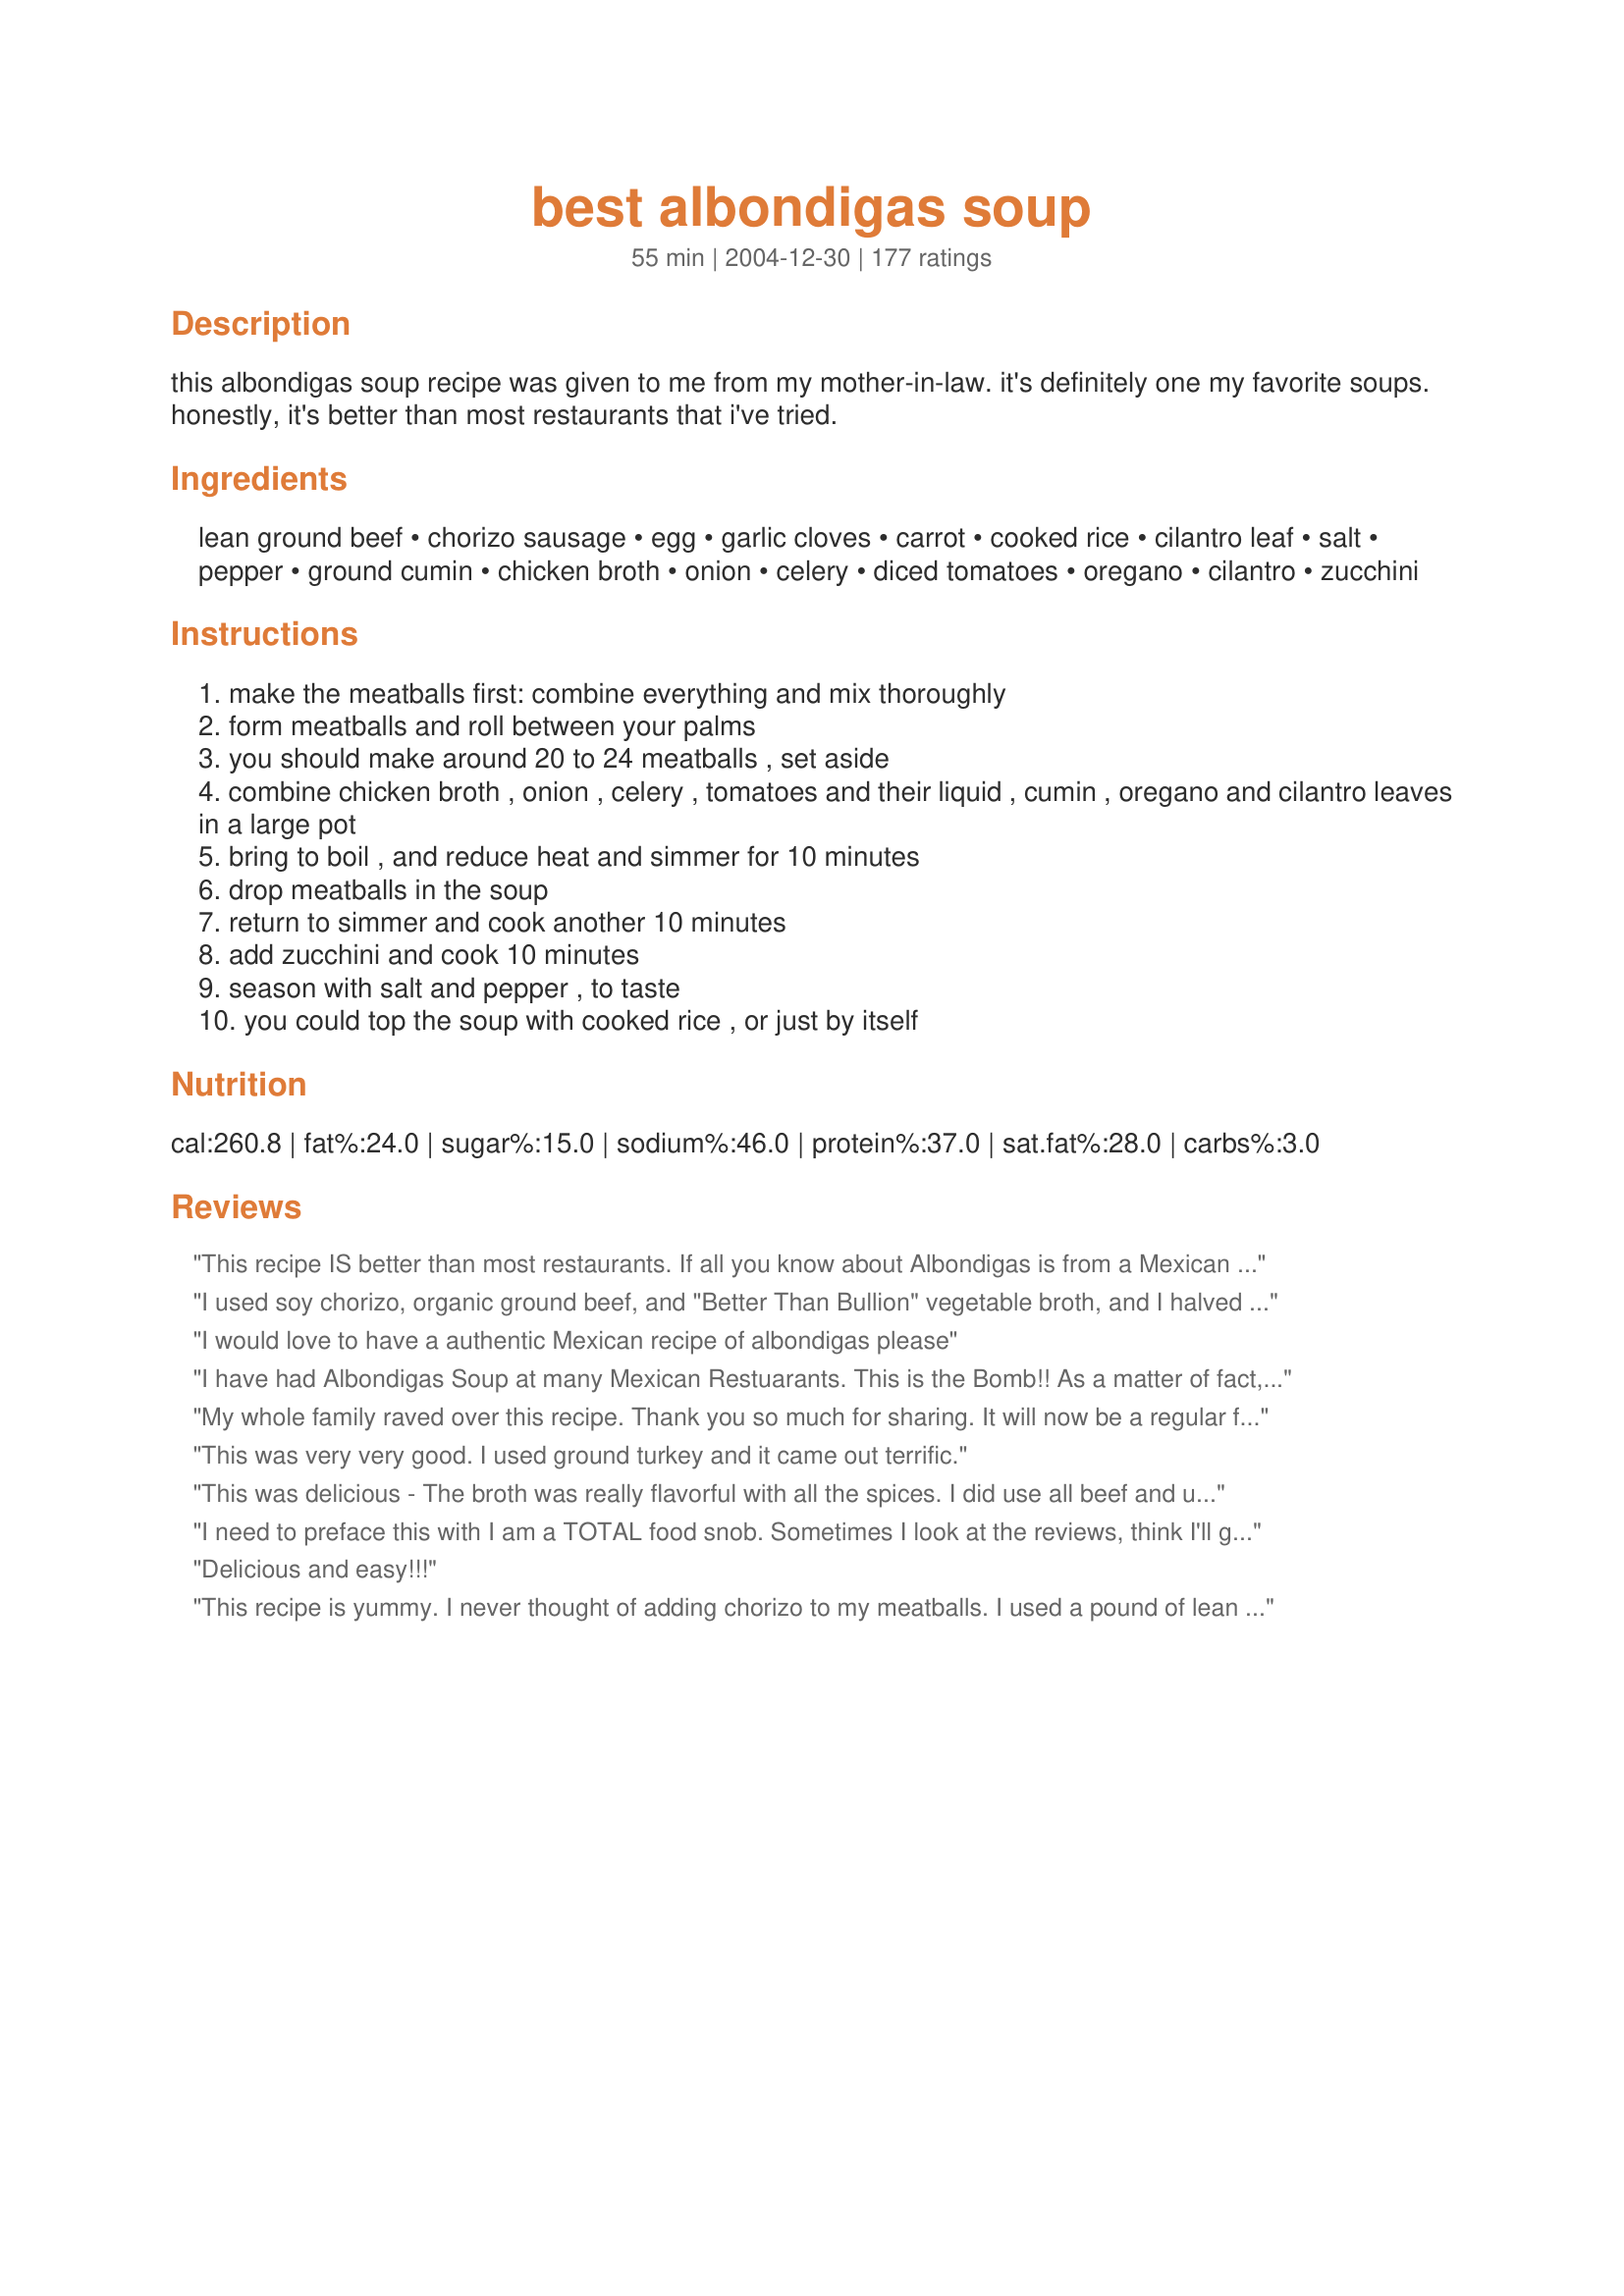
best albondigas soup
Preparation time: 55 minutes

this albondigas soup recipe was given to me from my mother-in-law. it's definitely one my favorite soups. honestly, it's better than most restaurants that i've tried.

Ingredients:
lean ground beef, chorizo sausage, egg, garlic cloves, carrot, cooked rice, cilantro leaf, salt, pepper, ground cumin, chicken broth, onion, celery, diced tomatoes, oregano, cilantro, zucchini

Steps:
make the meatballs first: combine everything and mix thoroughly
form meatballs and roll between your palms
you should make around 20 to 24 meatballs , set aside
combine chicken broth , onion , celery , tomatoes and their liquid , cumin , oregano and cilantro leaves in a large pot
bring to boil , and reduce heat and simmer for 10 minutes
drop meatballs in the soup
return to simmer and cook another 10 minutes
add zucchini and cook 10 minutes
season with salt and pepper , to taste
you could top the soup with cooked rice , or just by itself

Reviews:
This recipe IS better than most restaurants. If all you know about Albondigas is from a Mexican Restaurant, then you NEED to give this recipe a try. You&#039;ll discover a whole new appreciation for how this dish can taste.&lt;br/&gt;&lt;br/&gt;My recipe for Albondigas is somewhat different, designed for a bit Bolder palate, but I was planning on having some guests over who had (let&#039;s say) &quot;tamer&quot; sensibilities --- they think Olive Garden is a full-flavor restaurant, after all. Accordingly, I tried RuizA&#039;s recipe for their benefit, and it got rave reviews from them.&lt;br/&gt;&lt;br/&gt;Kudos!
I used soy chorizo, organic ground beef, and "Better Than Bullion" vegetable broth, and I halved the cumin in the meatballs and soup (it can be overpowering), and this is THE best albondigas that I've ever tasted. Sorry, Abuelita. Lol...I grew up eating this stuff and this recipe is even better.
I would love to have a authentic Mexican recipe of albondigas please
I have had Albondigas Soup at many Mexican Restuarants. This is the Bomb!! As a matter of fact, we went to a local Mexican restuarant last night -- while it was good it in no way compared to this recipe. I have only made it once and am making it again to take camping next week after Memorial day. My mother will love it.
My whole family raved over this recipe. Thank you so much for sharing. It will now be a regular favorite quick dinner in our house.
This was very very good. I used ground turkey and it came out terrific.
This was delicious - The broth was really flavorful with all the spices. I did use all beef and used rotel instead of regular tomatoes to add some heat. I added extra broth so I could throw in some extra zucchini and carrots. I'll be eating this all week topped with shredded mexican cheese blend. (0:
I need to preface this with I am a TOTAL food snob. Sometimes I look at the reviews, think I'll give it a shot and then when I try it, I wonder &quot;what are these people EATING that this is good food to them????&quot; This recipe....was SOOOOOOOO out-of-the-ballpark good that I couldn't stop eating it. My entire family scarfed this down. The only thing I did differently was buy chirizo from the butcher's counter instead of uncasing the sausage. PERFECTION. Thank you for this recipe. I'm adding it to my collection and keeping it forever.
Delicious and easy!!!
This recipe is yummy. I never thought of adding chorizo to my meatballs. I used a pound of lean ground beef and 1/2 pound of Mexican chorizo. My family loves meatballs and it makes the meatballs less spicy for the kids. I put shredded carrots for the meatballs but also put baby carrots in the soup. I baked the meatballs at 350 for 20-25 for a less greasy soup. I also patted down meatballs with a napkin to get the grease that lingers. I added cubed yukon potatoes which i saut?ed with the carrots, onions, and celery for about 3-5 minutes to soften them up before added the rest of the ingredients for the soup. If you like a little spice, cut, seed, and remove the membrane from jalepeno peppers and add to soup. Oh and fresh tomatoes are always better then canned. I add in the meatballs about 10 minutes before finish to get the flavor all mixed in. I didn't need to add salt and pepper since all the ingredients gave the soup a delicious natural flavor. Enjoy!!!
Loved it and so did my family. I added 1/3 uncooked rice instead and let it cook in the meatballs. It was a huge hit. I also only used organic beef, no chorizo. Next time I&#039;ll use the chorizo, if I can find all beef. I highly recommend this soup.
This soup was WONDERFUL. I tried to make it a little more healthy - i used low fat breakfast sausage in place of the chorizo and i baked the meatballs first so that any grease would be eliminated from the soup. I also added a can of black beans, a can of corn and some sliced carrots to the soup when i added the meatballs. I cut corn tortillas with scissors into long strips, sprayed them with olive oil and baked them until really crisp and served on top. Next time i will top with sliced avocado. This soup is even better the next day!
Wonderful soup, the meatballs are great! I didn't realize I was out of diced tomatoes which I usually keep on hand, so used a can of tomato sauce and it was still so good.
I always order this soup when at restaurants, but have never attempted to make it at home. Until tonight. BF had never even heard of it before, but loved it! This is spot on what albondigas should taste like. And super easy too! Thanks for sharing, will be making this often!
Great flavor great soup. First time making and it won&#039;t be the last. Baking meatballs first is def way to go but make sure not to over cook them.
Crowd Pleaser!!<br/>I made this recipe for a birthday party at my mom's house. Everyone loved it. Now- they keep asking me to bring this to all the get togethers. The only thing I changed was I did not make the meatballs-homemade. I added the frozeb Beef Meatballs from the grocery store to make it easier. It turned out great still.
Great recipe! The chorizo added some kick to the flavor, very good. I topped my soup with a handful of crushed tortilla chips and chunks of avocado. Yum!
I've nver had albondigas soup but I know good soup and this is good soup. I used ground turkey instead of ground beef and doubled the amount of meat because we're meat eaters. I baked the meatballs for 20 minutes at 350 degrees to render the fat from the meatballs. Also, I subbed mushrooms for zuchini, as I did not have zuc in the house. Yummy. I made it for the family for dinner while I go to yoga. However, this soup smells so good, I wolfed down a bowl before yoga. Boy, am I doing to be sorry when I am downwarding doggying and the albondigas come back up. But it was worth it. THANK YOU.
This is the first time I have tried this soup and it was fabulous! I followed the recipe exctly and my wife and I were blown away. Will be making this soup often, it is in the front of my soup recipes, Thank you so much!
This was pretty good. I never used chorizo before when making the meatballs. This soup is really good but I shouldn't have added all of the cooked rice to the pot because when it cools down, the entire soup becomes like a jello mush. Still a great recipe. Thanks!
Holy crap. This is delicious. I knew it would be bc kitten cal posted it. But omg. I made it exactly as directed. But I added tortilla chips and cilantro as a garnish. But what if we put queso fresco on it, too?
I love this recipe! My dad was a chef for a Mexican cafe when I was growing up and I remember this soup always being my favorite. It&#039;s such a nostalgic food and I haven&#039;t had it in forever, since my dad passed away when I was younger. Now it&#039;s something I want to make for my family and pass on to my future children. As for my twist on the recipe, I found it was a little bland on my end because I forgot the cumin. But I did add some chicken bullion cubes and it turned out perfect!
This is the best Albondigas I have ever made. Word of advice though. You must use fresh chorizo from the grocer. I've tried using the tubed chorizo and there was way too much grease. I only buy the fresh now from the grocery store. Use 1 part chorizo to 3 parts ground beef. My husband used to always make the Albondigas before I even knew how to make it, but it always seemed like it was lacking something so we would add extra salt to give it flavor. This recipe makes up for all of that. I usually make a huge pot with over 36 meatballs so there's enough for the week. I just adjust the chicken broth and salt and there is so much flavor and spice, you won't be disappointed.
This soup is amazing! the meatballs and flavor of the soup are to die for- especially with some lime juice! It is defiantly in our weekly rotation, especially with the cooler weather! We always double it to have some left overs :)
This soup is really good!! The chorizo made it really flavorful. Even my picky 5 yr old liked it. (well... he ate the meatballs but not the veggies) And its great for my boyfriend whos watching his carbs. Thanks for this delicious recipe. Ill definately be making it again.
the only problem I found with this recipe is that the meat balls were not very firm and fell apart I would recommend browning the meatballs first
This is the best Albondigas soup I've had - well worth the effort. My super market did not have the uncooked chorizo this time so I bought the cooked sausages that only need reheating. I ground them up in the food processor and used them instead. It tasted just as good, was less greasy and SO MUCH EASIER to form small meatballs that were dropped into the soup as directed. It was perfect!
I tried this, and my husband loved the chorizo. I cooked it again this weekend, but I used chorizo, ground beef and sausage. I tried rotel tomotatoes and my husband thought it was better than his mom's This is very unusual. I will use this recipe agagin and again Thanks for posting it
This soup was amazing! My husband loved it! I put fresh avacado slices with tortilla strip crunchies and shredded cheese on top! Great flavor/hearty meal! I added the other half of carrot into the soup mix and also a small amount of green cabbage into the soup portion.
Made this for Christmas eve dinner and all loved it! The only change was to use dice tomatoes with peppers. to give it a bit more kick.
I made this soup for lunch today and what a hit! The only thing I think I will do next time is fry the meatballs a bit before adding to the soup so that they stay together a little better. Other than that, the soup was perfect. Thank you for a great post RuizA!
My local market makes an excellent chorizo, which I used in this recipe. I used 4 cups commercial low-sodium broth which is still too high in sodium and so I used 2 cups of water with it. I added a chopped jalapeno to the broth. I cut off the stems from my bunch of cilantro, rinsed and tied with kitchen twine and added it to the broth - this really adds a lot of flavor. I did try frying the meatballs but won't bother next time - I had hardly any fat come out, so it was just an extra step. I also made my meatballs bigger, ended up with a dozen of them. A great soup for a cold night.
My first time ever making soup tonight. This is a great recipe to start with. I used carrot chips, and I added a few bay leaves just for looks. I added my zuchinni the last 15 minutes of simmering to keep the texture and color in tact. Oh, and also added a couple diced red tomatoes. It turned out great. Thanks for sharing!
This was a wonderful version of Albondigas Soup. There was only one change that we made, we just cut down on the ratio of chorizo v.s. ground beef, instead of 1:1 we used about 3:1 3/4 lb ground beef v.s. 1/4 lb of chorizo. I thought it would be a little too much chorizo oh and I added some white rice to the soup so that it covered the bottoms of our bowls. We will definitely be making it again, We Loved it. Thanks for your recipe. :)
OMGosh. Killer soup. I added some veggis and potatoes. Everyone raves about it. TY
It was my very first experience with albondigas soup. I followed the recipe quite closely, except of adding more garlic, which my kids love. Next time I'll try to brown the meatballs first but even without browning the soup was not too fatty and the meatballs did not fall apart. My family enjoyed it a lot.
I live in Arizona and had never heard of Albondigas soup until a Hispanic girl at my doctors office mentioned that she was excited about dinner because her grandma was making the soup. So I asked her what it was and that lead me to this recipe. This is the 2nd time I made it now and each time I made it exactly as mentioned and both times it turned out extremely delicious. I did make extra rice this time and scooped some on top and really liked that too. Thanks so much for this great recipe!! Will me a regular dish at our house.
I&#039;ve made this soup many times and it&#039;s always a winner! I use a can of rotel w/green chiles and a can of black beans(rinsed) and a can of whole corn kernels. It&#039;s delicious!!
This is an excellent soup, easy to make, and full of flavor. It is also a recipe that is easy to adjust.<br/><br/>Thank you!
It is a very good soup, but next time i will dice my tomatoes intead of buying the canned dice tomatoes because of the flavour (i could taste the can flavour). And i will sautee the tomatoes with the onions and a jalapeno pepper for a more mexican flavour before adding the subsequent ingridients. Other than that it was an excellent dish. Thank you for posting it.
Sunday Dinner was amazing. The meat balls soup was delicious. . The recipe worked well for the vegans as well I used vegetable broth, soy chorizo, Gardein ground beef crumbles,, and vegan egg mixture for binding the meatballs. I made two huge pots. None was left
This soup is my new favorite thing! We had it tonight as my husband and I both have colds so hot hot soup was in order and tis hit the spot. We just sprinkled some lime juice and Tapat&igrave;o into our bowls and dug with, with some stove top heated corn tortillas to eat with it. Superb!! Thank you for the recipe.
I made this yesterday. OUTSTANDING!! I followed the recipe completely. It makes a lot of soup and every bit was gone. We had it for dinner and during the evening people would go back and heat up more. Can&#039;t wait to make it again. Thank you.
I just made this soup and it is a big hit! I have a suggestion, cook the meatballs in a pan with tin foil just long enough to get some firmness to them. This will also eliminate all or at least most of the grease from the meat. Also try white pepper, it is not as powerful as black. I doubled the recipe and am happy I did so. Happy eating everyone!!
I started making this for my husband a few months ago and he loved it because he is so picky. Now during the cold weeks in Iowa not only do I make this 2X a month but I almost triple the recipe. The aroma alone fills the house with a smell that screams out comfort. This is out go to winter soup. THANK YOU
I don't usually believe labels when they say "Best" anything but I am drawn to them anyway. This was more than accurate. This soup got rave reviews. I made minor changes by adding a 1/2 c of sofrito to the broth, but what a delicious recipe. I would give this more stars if they were available.
I am fortunate enough to eat this regularly. It is amazing, every bit as good as Mama Ruiz's. Definitely My favorite soup.
This really is THE BEST ALBONDIGA SOUP!... I have been named the queen of albondiga soup in my home! :) thank you!
Yummeeee! I made it and my daughter, who formerly denounced everything containing cilantro, ran for more! I made a few substitutions: beef stock instead of chicken, spinach and white corn instead of zucchini because it wasn't available. The sweetness of the corn complimented the spices nicely. I'll be making this often.
I liked it a lot! Thank you for sharing. My kids were so/so on it but I took some of the other reviewers advice and cut down the cumin a little and also browned the meatballs just a little. I browned them in the soup pot, took them out then sauteed the onion and celery to get the little pieces off yum! In a separate pot I made 2 cups of white rice, and when it was ready we added the rice to the soup and it was good that way!
I agree with all the past reviews - this soup is excellent. I loved how all the flavors came together. I only made 2 small changes; like one other reviewer, I added adobo seasoning to the soup. I also used Soyrizo instead of chorizo. My meatballs did start to fall apart a little(it may be because I used Soyrizo), so next time I will probably brown the meatballs first or use 2 eggs. Thanks for an excellent recipe!
This soup was delicious. My husband loves it spicy so I added 2 whole chipotle chile's in when I add the soup ingredients. Had just the right amount of spice. Thank you so much for sharing this recipe!
My dinner guest, plus my husband t nad myself hought this was the best soup they ever had. It was easy to prepare and I will recond it to any good cook to try
Oh my goodness! I usually only post reviews when I love the recipe, and this one is very deserving. Better than almost any I&#039;ve had at my favorite Mexican restaurants (and we have lots of great ones in the Los Angeles area). I partially pre-baked the meatballs following others&#039; suggestions, but probably wasn&#039;t necessary. I did add sliced carrots to the soup, and put in the cilantro later - with the zucchini, but followed the the recipe as written other than that. Topped with broken good quality tortilla chips when serving.
This is delicious soup. I love the subtle kick of heat the chorizo added to the meatballs. I baked the fro about 20 minutes to avoid adding fat to the soup. Worked out beautifully. My fabulous husband could not stop complimenting the soup. It&#039;s a winner. Just as good on day 2! Thanks for sharing your family recipe RuizA.
My mother always browned the meat balls first, so much better IMO. Sometimes she’d insert pine nuts into the meat balls for a extra special taste. Her soup is among my fondest memories growing up in L.A. in the 1950’s
I've made this recipe quite a few times and have neglected to write a review till now. This soup kicks butt! It is time consuming (I'm a mom who works full time) but the soup is delicious and the leftovers come in handy the next day or two. 2 thumbs up!
I've been fighting a cold and wanted soup....I tried this recipe tonight and it was so flavorful. Although I doubled it, since I have a huge family to feed and want leftovers for the next day; it tasted wonderful. I also added diced potatoes, frozen corn, and some cooked rice to the broth. Very hearty and filling, thanks for sharing.
I followed this to the letter, and I can honestly say I would not change or substitute a thing! This was such a perfect soup for a cold New England night- both hearty & easy on the stomache. I only had cumin seeds, so while I was chopping away, my husband ground the seeds to a fine powder. The cumin really shone through, and I may just have him do this again next time since I loved the freshness of it. A+
I used Recipe #33794 for the chorizo in this recipe. The soup has great flavor. The meatballs I partially baked in the oven and then into the broth mixture to finish cooking. I may use my hand blender before adding the meatballs next time for a smoother soup.
DELICIOUS! I have made several different version of Albondigas stew, but this is great. I doubled the meat mixture and added an extra egg, about 1/2 cup breadcrumbs and 1 cup uncooked instant rice. I made bigger meatballs because I think that is the only way I can get a 17 year old to eat! But a good tip is what a previous reviewer posted, is bake the meatballs in 350 oven for about 20 mins, it helps take some of the grease out. This is the perfect recipe for those winter nights!
I have been making this recipe for the last year, and I must say that it never disappoints. Not to mention, my husband is not a huge &quot;soup guy&quot; but gobbles this up. I also side it with a tortilla for dipping.
This is so delicious! I make it as is except I add one chopped carrot to the soup with the celery and onion. I also add an extra zucchini because I like it..
I tried this receipe it was simple and delicious .. Everyone loved it especially on a nice rainy day ! thanks
Excellent recipe! Saved it to my favs. Very authentic and very good flavor..this is better than most restaurants too.
This soup is excellent. In order to cook with items on hand, I substituted roll sausage mixed w/ approximately 1 tsp. smoked paprika for the chorizo and omitted the zucchini. Otherwise, I prepared this recipe exactly as written and served it with small scoops of cooked arborio rice.

I will be making this again and again - probably very soon!
I lived in Mexico for 16 years and there are times when I grow a little nostalgic for the food. This is a wonderful recipe, I am so thankful that you posted it. My husband was not sure what to think of it when he saw the soup, but I told him to trust me and thankfully he did not regret it. I will definately share this with my family and friends. Awesome!!!A+++
I had a pound of chorizo to use up. I fixed this recipe doubling it and it turned out wonderful! I took some liberties in how I prepared this: made meatball mixture one night, the next night I sauted the vegies with the spices, heated the broth and tomatoes adding the sauted vegies when almost done. Then simmering the meatballs with all the other ingredients about one hour. I will fix this again but will add diced carrots to the broth and meatballs (which I grated on small grate, instead of mincing). Yummy! This soup hit the spot. Served with Recipe #244998 which made a nice comforting meal. Thank you RuizA for posting this simple tastey soup.
Edit 3/5/09: This soup gets better with age! I changed my 4 star to a 5 after having it three days later. What a difference in taste after the flavors have time to meld together. WOW!
it was good, but the the best I have ever had.
Made this for a dinner party and it was the 2nd recipe asked for that night. Recipe and ingredients true as listed. Chose to pre-cook the meatballs and broth separately. When it was time to serve, I placed meatballs in crock and added broth over it to full integrate items. Guests were dazzled. Not particularly spicy but then not every Mexican dish has to be.
It takes (meat)balls to call your recipe the &quot;best&quot;, but this one lives up to its name. I did precook the meatballs for 20 min at 350, to eliminate SOME of the fat, and I threw other half of the (diced) carrot in the broth, for good measure (can't just let it go to waste!). Otherwise, I stuck to the recipe, and it's perfect. Pefectly seasoned and DELICIOUS! It's a keeper!
This soup is knock-your-socks-off good. I have been looking for a good recipe for years after having albondigas at my favorite Mexican restaurant. This is as good or better.
Even my picky child likes this one. It has a lot of flavor. I also add a yellow squash with the zucchini. The chorizo really adds a lot of flavor to the broth.
I was a little reluctant to mix the chorizo with the beef for the meatballs as the chorizo is generally so greasy but the taste boost it gave to the soup base was wonderful. I am not one to use actual measuring spoons (I use palm of hand) so I will need to back off a little on the cumin in the soup but still came out so tasty. I would suggest serving with warm tortillas for rolling and dipping. Great for a colder evening.
This was absolutely incredible! We added rice to make it a bit more filling and will be adding it to our menu on a regular basis.
I&#039;ve used this receipe many times
 The only thing I do different is to substitute cabbage for the zuccini . I like to chop it into large pieces about 1.5 to 2 inches. This really adds an authentic flavor.
I have never made albondigas (or any other soup not from a can for that matter). I added double the Cumin on accident, and a bay leaf as I had it from another recipe. This was delicicious! Next time I make it I plan on adding some potatoes.
My only other experience with Albondigas Soup was by Progresso. Not bad as far as canned soup goes, but I'm glad I decided to try this recipe. It was awesome. I added a can of Mexi-style corn, but otherwise followed the recipe exactly. I made it last weekend for the first time and intend to make it again this week. Thanks for posting this.
Delicious! Our 9 year old even liked it !
This soup was delicious and I followed the recipe for the most part. It was the first time I made a meatball soup and it was certainly a hit tonight. We finished the entire pot! I did not give it 4 stars as the soup was very greasy after the meatballs were added and cooked. I had to skim the surface quite a bit to remove the layer of heavy oil. Next time I will be cooking the meatballs separately and will then add to soup. Also, I did add carrot slices when I added the zucchini and it was a nice addition. Overall the flavor was perfect and not too salty or too spicy. I would definitely make this again with just a change in how I cook the meatballs. This was yummy and I highly recommend this.
Probably the BEST soup I have ever made. So rich in flavor. So amazing. Like some others I adjusted the ingredients but make no mistake, the orig base recipe with the chorizo, the minced garlic and the carrot..the cilantro.. All of it together makes an incredible multi-dimensional soup. I only had 1 box of swanson low sodium chicken broth on hand so I added to the recipe 2 cans of diced tomatoes and 1/2 cup water. I also added 4C brand seasoned bread crumbs (about 1/4 to 1/2 cup) to the meatball mixture and 2 eggs after reading some reviews about the meatballs not staying together. I browned the meatblls in 2 batches in a pan with a bit of oil before adding to soup. I also added 3 packets of sazon and a few sprinkles of adobo at the end during seasoning. I used goya yellow rice in the meatballs and served a couple spoonfulls of rice on top as a garnish. So pretty and colorful with all the reds, greens and yellows...the sazon really kicked it up and husband said it was the best soup he ever tasted. Thank you for this recipe.
Definitely pretty awesome. I didn't have chorizo so I just used 1 lb ground beef. I also used Uncle Ben's Ready Rice packet (wild rice and long grain) for the rice as I didn't have time to make any. The soup tasted fantastic. Make sure you use LEAN beef, though, because there is no draining here... the fat goes right inside the soup. I had to skim the top of fat after I made it to lighten the grease a bit. Additionally, next time I'll put the cilantro in with the zucchini. If you put it in the soup in the beginning, as specified in this recipe, by the end of cooking it browns/greys out. It would be nice to have that bright shot of green so I'll add it later in the cooking process. Perhaps next time I'll cut in some raw avocado to garnish on top before serving. I think that would be delicious. Thank you RuizA for the great recipe.
BEST SOUP EVER! Made exactly as recipe says. Used homemade broth &amp; the flavor was out of this world.
Havent read all the reviews but veen making/eating Albondigas for years. It traditionally always has mint in the meatballs. Otherwise the recipe is close to perfect. I use green beans in mine. First time I ate Albondigas was in Tempe Arizona and they used green beans.
Ok as a single guy that likes to cook when I choose to, I find it difficult to get very excited about cooking for just myself. I will make a large batch of something and eat it for a few days until I m sick of it. But I also like to try new and different things for some variety. I had had this dish once before with a friend and liked it but had never tried my hand at it. I have a hispanic friend that was going on the other night about how good her Mom's were when she was growing up. Armed with this recipe and a bottle of Pinot I put this together with no alterations and found it to be wonderful. Got rave reviews from said friend, who thinks mine was better than Mom's. How many times do you get that kind of response ?!? Better than Mom's makes it worth doing again. <br/>It's a keeper for sure !
Hi i was wondering does the chorizo uncooked get rolled into balls with the meatballs
Very good, with all the expected flavors. Love the meatballs with the combo of beef and chorizo - so flavorful. It does make a lot, but that&#039;s not a problem as now we have leftovers for another night. I made as directed right down to topping with cooked rice. great soup for the cold evenings
YUM! RuizA, this is a wonderful soup! We were in the mood for Mexican...and also soup. The choice fell on this recipe, and we wer so glad we tried it! The flavors blended nicely, and the meatballs..yum! I made it just like it calls for, with no subs. Thank you for sharing this family recipe with us!
This was great. I had several requests for this recipe. I will also add that a co worker made it within a week of me making it and she added bow tie pasta and let me taste it, and it was really good with the pasta added. Thank you for sharing this wonderful recipe.
Love this recipe! Was worried at first about using minced carrots for binding the meatballs. For the meatballs, I used half ground pork/half ground beef. This is spiced perfectly for the vanilla people that my family is. The only other fine tuning was adding chopped cabbage to add to the veggies, per the recipe. I also enjoy reading how everyone else made/adjusted the recipe.
This soup is really great! I made the meatballs ahead and froze - I had about 1 1/4 of ground beef and 3/4 of a roll of soyrizo, so I made double the meatballs - got about 54. I defrosted half and made soup as directed, except added a whole onion - 1/2 cup didn't seem like enough, and probably a full cup of cilantro, as we love the stuff. I also doubled the cumin and added 2 tsps of Penzey's Chili 3000. We squeezed a bit of lemon and added a few drops of chili sauce to each bowl and really loved it. The meatballs fell apart pretty easily, but that could have been due to the soyrizo, and that didn't change the great flavor. This really hit the spot! Thank you!
This was awesome! My mother is Mexican and a great cook - now I can even top her albondigas soup.

Thanks so much!
I LOVE THIS!!!! My whole family loves it! I will not and have not changed a thing! If you follow the directions, there is no need to change a thing. My meatballs have stayed together every time that I make it. I will never eat another albondigas again.
So I didn't have to go to the store, I substituted ground turkey and pork sausage. Also added 1/2 cup uncooked rice instead of minced carrot to the meatballs. I did add a cup of sliced carrots to the broth. It was delicious! The broth was very flavorful. Love the taste of the cumin. Served with warm flour tortillas.
now don't go messing with this recipe like adding crazy stuff that's not in the recipe or baking the meatballs first. MAKE IT THE WAY IT IS WRITTEN! stay true to the way it's supposed to be made and it will be awesome, this is a great recipe don't go disrespecting the creator of by messing it all up
Excellent! This was my first try at making Albondigas Soup and I'm sure glad I chose your recipe!
Excellent, very good!
Great recipe
I absolutely love this soup! I have been coming back to this website to view this recipe at least the last 5 years. The only thing I do differently from time to time is add extra vegetables to my soup such as spinach. Several times I have had friends over, and we&#039;ve made a party out of making the soup just to enjoy it together at the end of the night. Thank you so much for this delicious caldo!
Its not like my abuelitas but its still pretty good :-)<br/>It was my first time making this soup, but I did make some changes because i didn't think anything is wrong with a little experimenting<br/><br/>1. I doubled the meat and added a second egg because of this. ALSO, instead salt I used Mrs. Dash all seasoning without salt which has oregano in it. The albondigas felt like they stayed together pretty well, but i still browned them on a skillet to be safe and get some of the fat out.<br/>2. For the soup I used Knorr Swissa chicken and tomato flavored boullion to make the stock. I added Hunt's tomato sauce flavored with basil, oregano and something else. I also used two whole jalapenos with the stem cut off to give the soup some spice at the beginning. I added chopped carrots with the meatballs and instead of zuchinni i used fingerling baby potatoes for the last ten minutes<br/><br/>It came out delicious and i am eatting it with cornbread to fight off my flu
My DH thought this was great! Only thing I did different was to leave out the celery.
Yup, my Mexican mother used to make this soup and I loved it. This recipe was great! I made a few changes that I though made it even better: I doubled the cumin, I used 2-8 oz cans of the tomatoes. I doubled the zucchini. I added 4 small carrots. I made 1c of rice and the 1/2c I didn't use for the meatballs, I just put into the broth. And as a side note, the grease from the chorizo in the meatballs created a lovely, spicy flavor in the broth. My husband had 3 bowls! Yum!!
Delicious! The whole family loved it!
OH MY GOSH........ this is seriously the best albondigas soup that I have ever had. There is a restaurant in Laguna Beach that has albondigas soup, I didn't think I would be able to find a recipe that would come close to it. This recipe tops the restaurant soup by far! Thank you so much for sharing, I will make this many more times : )
I'm on a quest for the best albondigas soup anywhere. I've tried a lot of recipes and finally discovered that putting my own spin on another really good recipe resulted in the best Mexican meatball soup ever.<br/><br/>I used the "Best Albondigas Soup" recipe posted on food.com by RuizA as a start. I made a few changes that I think make it even more wonderful than it already was. First, I used ground pork instead of chorizo sausage to mix in with the ground beef. Chorizo has such a strong, spicy flavor that it tended to dominate some of the more subtle deliciousness of the mint and other seasonings. Next, I used minced mint leaves in the meatballs instead of cilantro. (Save the chopped cilantro to sprinkle over the finished soup along with some chopped onion and fresh lime to squeeze.) Along with the chopped mint, I also added a seeded and deveined, very finely minced jalapeno to the meatball mixture. Jalapeno is not really hot as long as you get all of the seeds out of it and it adds a terrific flavor as well. <br/>I used beef broth instead of chicken and I think it made the broth much richer. Along with the celery I added a couple of coarsely chopped carrots, 2 or 3 peeled and coarsely chopped potatoes, and increased the zucchini to 2 or 3 medium, coarsely chopped. Add 1 - 28oz can of tomatoes instead of the 16oz and be sure to include the liquid. Add a handful of chopped cilantro or fresh spinach to the broth. Not only does it make it healthier, it's pretty!
luv it. used xtra onion 2tsp chili pwdr and half tbsp red pepper flakes . next time try with 90% grnd beef . used 80 this time..yummy but try for healthier
Just as i remembered. I was looking for a recipe that was closest to the one i had as a kid. I followed the exact recipe except used a bit more zucchini as i love the stuff I made sure to use 97/3 lean beef. it was perfect over rice. Absolute yumminess with NO leffovers. Next time double batch :)
This soup was VERY good. I gave it four stars however, because it was rather greasy from the chorizo. I had to scoop the grease out. It had a very good flavor. I did modify it a bit and added carrot to the soup, lots of celery, a potato and an extra can of diced tomato. It was a big hit with my husband, we both loved it.
SO GOOD! My boyfriend said it&#039;s the best thing I&#039;ve ever cooked him. I pretty much followed the recipe. The only slight changes I made were that instead of chicken broth, I used half chicken bullion and half caldo de pollo y tomate (chicken/tomato bullion). It felt under flavored so I added a little beef bullion too. Also, at the end, I felt like it needed some depth so I added a squeeze of lime. Then it was perfect! &lt;br/&gt;&lt;br/&gt;Some reviews said half chorizo was overpowering but it&#039;s not at all. The meatballs were delicious and I&#039;m so glad I followed the recipe instead of listening to some reviewers who baked the meatballs first.&lt;br/&gt;&lt;br/&gt;I served this with some avocado over some rice and enjoyed!
Great soup. My sweetie and I love it! I've made it twice now, and tonight I doubled the meatball recipe and froze half to use for the next time I make it. This time I also used two fresh tomatoes instead of the canned, and either way tastes great! Thanks for sharing a delicious recipe!
Fantastic! This is a company dish... I always get rave reviews. The last person I served this to said that this was the best soup that they have ever had anytime, anywhere. Only thing that I add to it is a little freshly squeezed lime juice over the top after it has been served (I serve wedges and let people squeeze to taste), other than that I change nothing.
Great recipe!!! I used the Mexican lookalike of zuchini that has a lighter color and used diced tomatoes that came a little spicy...also next time I will add more veg to the soup...Everyone loved this!!!
This soup is wonderful. I've made two batches in the past week for just my wife and myself. The first batch I followed the recipe to the letter, the second I made some minor modifications. On the meatballs, I doubled the cilantro and added a little red pepper seasoned salt. I then made mini meatballs by putting the meat mixture in a jerky gun and made lines of rope on a cutting board, which I then cut in 1" pieces and rolled them into balls. I ended up with 220 3/4" meatballs from the 2 lb meat mixture. That means we get a little meatball in nearly every spoonful. I then fried the meatballs in a covered skillet, then drained and blotted them with paper towels. They are delicious and stay fully intact in the soup as well as looking more appetizing. I tasted the grease that I drained off and couldn't discern any appreciable amount of flavor, so I don't think there's any good reason to retain it. For the stock I used 3 cans of chicken broth and 10 cups of broth made with water and Knorr's Tomato Chicken Bouillon. I also used 3 cans of diced tomatoes with green chiles and nearly doubled the amount of zucchini and cilantro. This second batch is one of the best soups I've ever tasted. We noticed that it tastes even better with age. It freezes and thaws well with just a slight breakdown of the zucchini that we found acceptable, so we have 4 meals in the freezer that we can enjoy anytime. I plan on making this often.
I just made this soup for my family and it was the hit of the evening. I changed the recipe a little to 1lb of beef instead of 1/2lb because the chorizo seemed to be overpowering. However, it came out fantastic! Oh and I put carrots in the soup itself too not just in the meatballs. DELICIOUS!
I too have to give this five stars. My husband, who is from Mexico, declared this the best albondigas soup he'd ever eaten. I agree. The chorizo really gives the meatballs some extra flavor. Thanks!
Yummm-o! I did omit the minced carrot in the meatballs, but added baby carrots to the chicken broth. This is a fantastic recipe...simple and flavorful!
Delicious. I followed the instructions, added 1 tablespoon of beef bullion Knorr and it came out great the very first time.
I made this for Saturday Lunch for my work crew of mostly young men on May 17, 2008. They loved it. I took another reviewers advice and added the fresh cilantro just before serving. We put about 1/2 c. of rice in each serving bowl and ladled the soup on top. I have about 3 cups of soup left for the freezer. It will make a great mean for a weekend when I have no time to cook.
Excellent recipe. I've never made albondigas soup before, but tried it today. Didn't really take that long - used boil in the bag rice, and it all went together quickly. I did bake the meatballs in the oven for 20 minutes, and had no grease in the soup. Thanks to whoever mentioned that. My only warning - be careful with the salt. I followed the recipe exactly and it was a bit salty for me. But my roommates are from Oaxaca, and they LOVED it and scarfed it all down. Plus the house smelled like a Mexican restaurant. I think this recipe must be fairly authentic, because my roommates often mention that this or that dish is better in Oaxaca, but thought this recipe was excellent. It is a keeper.
Best Albondigas soup I have ever eaten. My husband is finicky when it comes to soups, even he had said it is restaurant quality. There is a local Mexican Restaurant that had very good Albondigas Soup, this is even better. It was a hit with my family as well. I added 2 lbs of beef to the recipe and added extra chorizo for spiciness. You do need to skim the fat off the top, this is the only downside. If there happens to be any soup left over, you can easily skim off the fat off the top after refrigeration.
Living in Tucson, it's easy to get an incredible bowl of Albondigas around every corner. I've made it before but wanted to try something new so chose this recipe because it was "the best". The flavor of this soup was amazing and the recipe did NOT disappoint! YUMMY!!! I make soups a lot and this is my new favorite soup recipe. The flavor of the chorizo adds everything to the soup. However, living in Tucson, our Chorizo is quite spicy so my kids couldn't eat the meatballs which was so disappointing for them. They order Albondigas whenever they go out. I may do 3 parts beef and 1 part chorizo next time. The other changes I would make: pre-cook the meatballs in the oven to render the fat. The amount of fat at the top of the soup wasn't pretty and I had to skim for a while. I also put in raw rice (which is what I've done before). It saved time and turned out great. I also added 1/2 cup rice to the broth b/c the kids like extra rice. For the adults: top it off with some diced avocado!! This recipe is a keeper!! Thanks RuizA!
Growing up my family used to frequent a restaurant called Sierra's in CA. My favorite was the Albondigas...always had seconds. This is BETTER! Thanks for posting this one!
OH MY WORD!! Thank you for posting this recipe. My 15 year old made this exactly as directed and she had no problems, not even with the meatballs. This was the best! would make no changes and have made 4 batches for my family in one weekend and gave it to everyone <3 (I did find it to taste better the longer is sat and had time for all the flavors to combine but i couldnt help myself and ate it out of the pot)
I made this soup today in honor of Cinco de Mayo. ( I know it's a fake holiday but what the hay!!) This is an excellent recipe. A little intensive on the prep side but definitely worth the outcome. Adding chorizo is genius. I'm not sure if it was necessary for precooked rice as I believe the rice would have cooked up with the boiling liquid. I did add half a jalapeno pepper and one corn on the cob in 1 inch chunks. I've eaten a lot of albondigas but this recipe is superb. Thanks for sharing
Delicious! Better than any you get in the typical Mexican restaurant.
Made this soup is was so awesome. I used ground chicken instead of ground beef and baked the meatball for 20 minutes on 350.&lt;br/&gt;2nd time I made the meatball using parsley and used them for a meatball sandwich. I used a tomato basil sauce on ciabatta bread. Delicious
OMG, the most amazing flavorful soup I have ever tasted! I made a few adjustments to the recipe because of other reviews I read. I added 2 eggs instead of 1 and I browned them before dropping them in the soup. I used 1/2 Turkey and 1/2 ground sirloin beef to lower the fat. Other than that I followed it to a T. Yummy! :0)
This is the best albondigas soup I've had! Thank you for sharing, this will be in the rotation now permanently. I used my own all ground beef meatball recipe- click the tweak tab for it.
Never had Albondigas before but this was tasty! I used 3 tsp of Knorr Tomato bouillon powder and 3 tsp of Knorr Chicken bouillon powder with 6 cups of water for the stock. I also used uncooked rice (worked fine). All else was to recipe. Will try with only chicken stock next time... I usually make the recipe to the letter the first time but broke my rule this time. I doubt using just chicken stock would make too much difference in taste, I took that into account when reviewing.
This soup is worth making! The only changes I made was to add 1/2 beef &amp; 1/2 chicken broth. Definitely use the leanest beef you can find (1/2&quot; base of fat on top that will need skimming.). I put cilantro in while it was cooking AND when I served each bowl. Even though the cilantro has been cooking and shriveled, the flavor is embedded into the soup. I cooked the rice in beef broth, then added to meat mixture (always do this with either beef or chicken broth in all your cooking, it enhances the flavor of the rice. The only real changes is that I added more vegetables. It&#039;s VERY good with potato&#039;s, carrot (not just in meat mixture).

Overall, this is the best abondigas soup recipe that I&#039;ve made myself ... Although I&#039;ve tasted some that were different but quite good.

Next time:
RuizA, this is one of the best soups I've ever had. Yum! I used ground turkey for the beef, but otherwise more or less followed the recipe. I browned the meatballs before adding them to the soup, and I threw in the cilantro right before serving so it would still be bright green and flavorful. My husband and I loved this soup. I'll surely make it again, probably when I have visitors in a few weeks. Thanks so much for posting this!
I used cacique beef chorizo. Too much chorizo although it made the meatballs very soft and they were not a little hard as they have been before when I use only ground beef. I think I will cut down the chorizo to at least half next time. Too much red grease at the top. Did give it more flavor and made the meatballs soft yet kept them together.
Chica this was awesome. I have the authentic recipe and did it took forever and still didn't have the taste this one does. My husband is from Mexico so it is very hard to please him if it doesn't take a long time to make he isn't pleased with the results. But this he loved and didn't take that long at all. Next time I will put jalepenos for him but, this dish was great for whole family. Very pleased with it and is a keeper.
My first time making albondigas soup and I got rave reviews from my family, with my stepdaughter saying it was the best she has ever had; in which she has Hispanic heritage on her side. With that said, however, I used the &quot;soup&quot; ingredients from this recipe and the meatball recipe from another; with only a few variation(s) in the meatballs: (1) being the use of ground pork instead of the chorizo, (2) breadcrumbs for binding and (3) the carrots used in the actual soup instead of the meatballs. In addition, chilling the meatballs for 20 min. and then browning the meatballs on all sides prior to adding to boiling soup. With the few aforementioned tweaks, this will be my albondigas soup recipe!
Absolutely delicious! We doubled the meatball recipe and froze half to make this a super quick meal next time.
This soup was fantastic! I find the flavor of this soup reminiscent to tortilla soup or posole, but lighter. I had to make two small changes - used NuSalt instead of regular salt to reduce the sodium and used bread crumbs in place of the cooked rice because I wanted the soup in a hurry and didn't have any cooked rice on hand. One other thing, I used Mexican Oregano (not the same as Italian Oregano) and threw in a teaspoon of adobo sauce because we like it SPICY! Thanks for the fantastic recipe RuizA!
DELICIOUS!!! I doubled the recipe to feed a family of 8 and it was huge hit...my nephew ate four bowls of it!! It's definitely a family favorite now!
Delicious! Definitely a keeper!
I've never attempted this soup but my husband mentioned it so I found this recipe and once the soup was ready it looked just okay but wow it tastes so good. I'm not a big meat lover so I didn't have too many meatballs but I LOVE the flavor of the soup, salty but not too salty. Yum. This wasn't yoo difficult either. I will be making this often during winter. *I passed on the chorizo and just did 1 lb of ground beef. :)
Wow! I have been looking for a recipe for albondigas for a long time! This was perfect. SO fresh and bright tasting.
Absolutely. Fantastic. Only had ground turkey on hand, so I added parsley and another half teaspoon of cumin to the soup. This is teh best soup ofd any kind I've had in a looooong time!
Outstanding! I did not have any tomatoes so I omitted. I also did not have cilantro on hand so I left that out too. I used baby carrots in the soup as well. I remember my mom making albondigas when I was growing up and using uncooked rice. The rice would just cook with the soup. I did the same thing. I just added raw rice and it cooked along with the soup. It took a little longer but it worked for me.
Awesome recipe, I make the soup first follewed by meatballs, just drop right in while it&#039;s boiling.. Only use half of Beef Chorizzo so u don&#039;t overpower the Albondiga taste.. And use a good 90/10 Beef so its
This is one of the best soups I have ever tasted! Wonderful flavor in both the meatballs and the broth. A definite keeper in our house!
Very nice tasty soup. I served it with some chopped onion and fresh cilantro on the side. My husband said it was a keeper. I used ground turkey instead of beef. I did have to skim off the fat. Thanks
We often order Albondigas soup at our favorite Mexican restaurant. This recipe is as good as or better than what we order. I made a pot last night, and my son and husband loved it! I doubled the rice. Only thing I'd do different is double the entire recipe next time, so I have leftovers for lunch!
I followed this recipe to the tee with 2 exceptions. I added sliced fingerling potatoes and diced tomatoes with jalape&ntilde;os. It is excellent!!
great soup, used ground chicken meat and spicy turkey Italian sausage (since I do not eat pork) added 1 can of beans and some carrots to the soup. Added smoked paprika, red pepper flakes and 1 dry chili pepper whole while cooking. Followed the rest of the recipe.
This was one of the best Albondigas soups that we have ever had, in a restaurant or at home! We made exactly as directed. We made this on a cold rainy New Years day and it was perfect with tortilla chips, and warm French bread.
I didn't quite follow this recipe exactly, but everyone loved it and asked for more.

I used frozen Italian meatballs, I was out of onion and celery, I added baby carrots, fresh tomatoes instead of canned, garlic salt & red pepper flakes instead of regular salt & pepper. I topped with 2 cups of white rice & served with warm tortillas.

I'll definitely make this again. Thanks for sharing!
Great tasting Abondigas My grandma's Recipe Texas/Mexico recipe of hers . 4/5 cups of water in boiling Water add meatballs to boiling water &amp; Using your palms patterns Abondigas tight safe to not fall apart . I use Onions ,Goya Sazon &amp; Rosemary a teaspoon A Dash of cumin Shredded Carrots &amp; diced carrots ,also Use Caldo de tamoato &amp; Cilantro in meat balls &amp; add all diced veggies to soup . Yes first get hamburger &amp; A add a beated whisked egg or 2 depending on Amount of Abondigas. Then make meatballs &amp; Add to boiling season meatballs boil on high about 20 Minutes you may Adda bit of Rice at begging of boiling . Also I added a lil rice in each meat ball as I did cilantro ??
This is my first comment on a recipe but I had to!!! It was absolutely delicious and got better each time it was reheated! The meatballs were deliciously moist and tender. The addition of chorizo added so much flavor. I did add some chopped carrots to the stock and didn't have zucchini but will add next time. We love heat here so I used diced petite tomatoes with jalapenos. I just happened to have everything else already in my pantry/freezer. DELISH!!
This recipe was awesome! However I added more chicken broth and added a 24oz. can Chelada beer. Instead of making the meatballs I used seasoned frozen ones because of my time limit. I then added about 4 ounces of uncooked chorizo to the broth. Finally I spooned a dollop of sour cream to each bowl when I served it. It was so good.
This recipe was great! Tasted like the restaurant. I substituted ground turkey for the lean ground beef and chorizo sausage, and used Mexican squash instead of zucchini. Tasted so fresh! Will definitely make again!
This was so good. My hubby had been talking about bondigas and I had no clue what he was talking about but found this recipe and he even had seconds which is amazing...Thanks so much for this recipe. I followed it exactly except I did not add cumin to the meatballs but added it to the soup. I think that making sure the soup is boiling before adding the meatballs is important in keeping them together.
Awesome!! We loved this soup! Made it exactly as directions, and it was so good that I will definitely be making this many times this Winter?.love hot soup in cold weather! This recipe is really &quot;The Best!&quot; Saving a container for my grand daughter to try (with the recipe).
Good soup! Here are my changes: used this recipe: Recipe #100408 as a substitute for the sausage, subbing beef for the turkey. Replaced half the celery with coarsely chopped baby spinach leaves, added 14 ounces cooked garbanzo beans, some green onions. The spinach, cilantro, beans and green onions were added the very last minute of cooking. Used leftover brown rice for the meatball mixture. What else? Added a little bit of finely minced onion to the meatballs, too. Added a scoop of cooked white rice to each serving. Good directions! Served with lime wedges and sliced jalapenos. Thanks. Reviewed for ZWT 2009.
Love love love it! I love albondigas soup. I was so worried about how it would come out but it was great! I did change the broth amount to double and used a little more of the tomatoes. I also added corn on the cob, carrots and excluded the celery just for personal preference.
Thanks so much for a great recipe
My daycare lady (who is Mexican and doesn't speak spanish) always sends me home with her delicious mexican food. When she sent this home with me, it didn't make it past her driveway! I sped home to find the recipe and here it is!! That night I made this soup and it tasted EXACTLY like the one I wolfed down in the car!! Thank you so much! I'm still trying to get her to teach me her "authentic" mexican cooking!
I loved this soup and so did my family! I doubled the batch and it was gone in no time! We had a lot of fun making the albondigas too!
I needed to replicate what a friend called "bondigas" soup. I used this recipe and he said "that's it"! Thank you!
I used my own meatball recipe as I had just made some. They were cooked, but that did not change the time I simmered them. Worked beautifully.
6/30/2010
I chose your recipe because of your comment that, "this soup is equaled or better than what I can get in a restaurant". I have enjoyed Albondigas Soup all around So. California. I followed the A. Ruiz recipe to the letter. This IS excellent soup. Lou-Bay City, MI
This is the easiest and best-tasting soup I've ever tried. There's just enough spicyness from the sausage, yet not too much. I didn't add as much cumin as called for (about 1/2 tsp. for the meatballs and none in the soup.)
I served a bit of rice in the soup at serving time.
Since I didn't have cilantro I used Italian Parsley. Everything was fabulous!
This soup[ was very good. I used a little less chorizo and also added chopped up red potatoes. I will be making this soup again.
I&#039;ve been wanting to try this ever since reading the recipe but didn&#039;t have all the ingredients. So what&#039;s soup good for-improvising.

I cut the recipe to 3 cups broth and added carrot, garlic, cumin to the soup, also added a handful of frozen corn, didn&#039;t have zucchini. I used 1/2 link of precooked chorizo cause it was available and just cut in half, sliced and browned before adding to the soup
AWESOME.
used the leftovers for the liquid to make dirty rice, also awesome. I&#039;ll try it again with the correct recipe.
I LOVE THIS SOUP. It takes a bit of time to make but is worth every second. I have made it several times now and eat it all week for lunch. My only change is omitting the cilantro as I am not a fan. I also use half a roll of hot sausage instead of chorizo. Thanks to you and your MIL.
Thank you, Thank you & Thank you...this soup was easy, tasty, and I loves how I had all the ingredients!!
My teenage child...is a picky eater, and for her to have two bowls says a lot!!!
spicy, full of flavor and unforgettable!
A lovely winter soup for a head cold like I have today, nice change of pace from chicken noodle. Changes: Used all lean ground beef, no chorizo; had a little leftover corn so threw that in, added sliced carrots to onion veggie mixture, used chopped, seeded fresh roma tomato instead of canned. Nice balance of seasonings. Next time, I might add a little cooked rice into the broth at the end.
very good recipe...yummy
The name for this soup fits it perfectly! This has become my families favorite soup. My youngest loves the meatballs and always asks for seconds and thirds! Great recipe.
Oh for those of you that said that the meatballs fell apart, you need to cook them hot and fast! That&#039;s the key. If you soup is simmering and bubbling, when you throw in the well packed meatballs they won&#039;t fall apart.
Excellent Soup!
This is one of the best things I have ever tasted!!! I couldn't stop eating it. My 16 month old loved it too. I didn't have any zucchini on hand the first time I made this, but I'm making it again this weekend with it. Thanks for the amazing recipe!
Wonderful Flavor. Loved IT!! The meatballs were terrific. I could just eat them alone.
Last night was my very first attempt at making albondigas and it was the best albondigas I've ever had!!! I followed the recipe for the most part but did make quite a few changes to the ingredients. The biggest change was instead of using cumin (because I ran out) I ended up using allspice as seasoning. I omitted the carrots from the meatballs and added it to the soup instead, which turned out great! I also used garlic powder too. For the vegetables I substituted the zucchini with potato and squash. I didn't have a can of tomatoes so I diced the tomatoes and tossed them in the soup. I got a little creative near the end and cooked italian sausage and shrimp in a separate pan and tossed them in too! Everything took about 1.5 hour but it was worth every minute. TWO THUMBS UP!!!
This soup is AMAZING! Enough said :)
Sometimes you see the word "Best" in a recipe title (perhaps subconsciously raising your expectations) and, after making, might beg to differ. This is SO not the case here. Your mother in law's albondigas soup is the best we've had, restaurant or homemade, hands down. The combination of chorizo and the lean ground beef, coupled with the spices and veggies made a perfect balance of flavor with a very slight kick. (I used Farmer John's brand Traditional Original Chorizo.) The technique and clear instructions were spot on. I cut some of the veggies smallish for my husband who trembles at their mere mention, but he loved this and had seconds. Made it with small, amped-up grilled cheese sandwiches which I may post shortly. Thanks for sharing this and please thank your mother in law as well!
